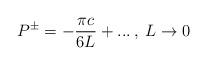
LaTeX: \begin{align*}P^{\pm }=-\frac{\pi c}{6L}+...\: ,\: L\rightarrow 0\end{align*}